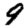
Digit: 9